Vaccination in Burma 1900-1911 - 1900-1911
Year: 1900
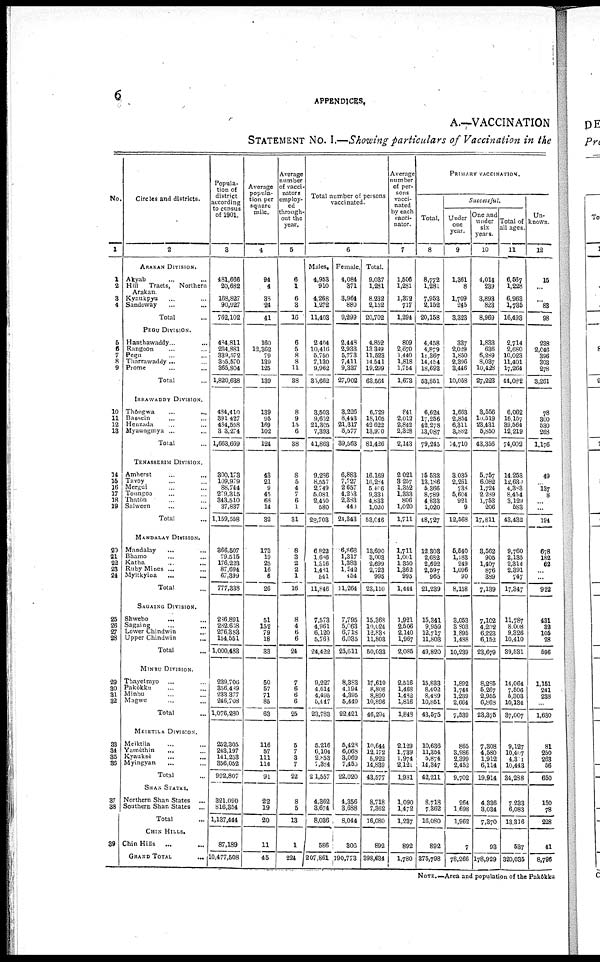
6
APPENDICES.
A.—VACCINATION
STATEMENT NO. I.—Showing particulars of Vaccination in the
No.
1
1
2
3
4
5
6
7
8
9
10
11
12
13
14
15
16
17
18
19
20
21
22
23
24
25
26
27
28
29
30
31
32
33
34
35
36
37
38
39
Circles and districts.
2
ARAKAN DIVISION.
Akyab ... ...
Hill Tracts, Northern
Arakan .
Kyaukpyu ... ...
Sandoway ... ...
Total ...
PEGY DIVISION.
Hanthawaddy
...
...
Rangoon ... ...
Pegu ... ...
Tharrawaddy ... ...
Prome ... ...
Total ...
IRRAWADDY DIVISION.
Thôngwa ... ...
Bassein ... ...
Henzada ... ...
Myaungmya ... ...
Total ...
TENASSERIM DIVISION.
Amherst ... ...
Tavoy ... ...
Mergui ... ...
Tonngoo ... ...
Thatôn ... ...
Salween ... ...
Total ...
MANDALAY DIVISION.
Mandalay ... ...
Bhamo ... ...
Katha ... ...
Ruby Mines ... ...
Myitkyina ... ...
Total ...
SAOAING DIVISION.
Shwebo ... ...
Sagaing ... ...
Lower Chindwin ...
Upper Chindwin ...
Total ...
MINBU DIVISION.
Thayetmyo ... ...
Pakôkku ... ...
Minbu ... ...
Magwe ... ...
Total ...
MEIKTILA DIVISION.
Meiktila ... ...
Yamèthin ... ...
Kyauksè ... ...
Myingyan ... ...
Total ...
SHAN STATES.
Northern Shan States ...
Southern Shan States ...
Total ...
CHIN HILLS.
Chin Hills
... ...
GRAND TOTAL
...
Popula-
tion of
district
according
to census
of 1901.
3
481,666
20,682
168,827
90,927
762,102
484,811
234,881
339,572
805,570
365,804
1,820,638
484,410
391,427
484,558
303,274
1,663,669
300,173
109,979
88,744
279,315
343,510
37,837
1,159,568
366,507
79,515
176,223
87,694
67,399
777,338
286,891
282,658
276,383
154,551
1,000,483
239,706
356,489
233,377
246,708
1,076,230
252,305
243,197
141,253
356,052
992,807
321,090
816,354
1,137,444
87,189
10,477,508
Average
popula-
tion per
square
mile.
4
94
4
38
24
41
160
12,362
79
139
125
139
139
95
169
102
124
43
21
9
45
68
14
32
173
19
25
16
6
26
51
152
79
18
33
50
57
71
85
63
116
57
111
114
91
22
19
20
11
45
Average
number
of vacci-
nators
employ-
ed
through-
out the
year.
5
6
1
6
3
16
6
5
8
8
11
38
8
9
15
6
38
8
5
4
7
6
1
31
8
3
2
2
1
16
8
4
6
6
24
7
6
6
6
25
5
7
3
7
22
8
5
13
1
224
Total number of persons
vaccinated.
6
Males.
4,953
910
4,268
1,272
11,403
2,404
10,416
5,750
7,130
9,962
85,662
3,503
9,662
21,30
7,393
41,863
9,286
8,557
2,749
6,081
2,450
580
28,703
6,822
1,686
1,816
1,481
541
11,846
7,573
4,961
6,120
5,763
24,422
9,227
4,614
4,495
5,447
23,783
5,216
6,101
2,853
7,384
21,557
4,362
3,674
8,036
586
207,861
Female.
4,084
371
3,964
880
9,299
2,448
2,933
5,773
7,411
9,337
27,902
3,226
8,443
21,317
6,577
39,563
6,883
7,727
2,657
4,253
2,383
440
24,343
6,868
1,317
1,383
1,242
454
11,264
7,795
5,063
6,718
6,035
25,611
8,383
4,194
4,395
5,449
22,421
5,428
6,068
3,069
7,455
22,020
4,356
3,688
8,044
306
190,773
Total.
9,037
1,231
8,232
2,152
20,702
4,852
13,349
11,523
14,541
19,299
63,564
6,729
18,105
42,622
18,970
81,426
16,169
10,284
5,406
9,334
4,833
1,020
53,046
13,690
3,003
2,699
2,723
995
23,110
15,368
10,024
12,838
11,803
50,033
17,610
8,808
8,890
10,896
46,204
10,644
12,172
5,922
14,839
43,577
8,718
7,362
16,080
892
398,634
Average
number
of per-
sons
vacci-
nated
by each
vacci-
nator.
7
1,506
1,231
1,379
717
1,294
809
2,670
1,140
1,818
1,754
1,673
841
2,012
2,842
2,328
2,143
2,021
3,257
1,352
1,333
806
1,020
1,711
1,711
1,001
1,350
1,362
965
1,444
1,921
2,506
2,140
1,967
2,085
2,516
1,468
1,482
1,816
1,848
2,129
1,739
1,974
2,120
1,981
1,090
1,472
1,237
892
1,780
PRIMARY VACCINATION.
Total.
8
8,772
1,281
7,953
2,152
20,158
4,458
4,879
11,367
14,454
18,693
53,851
6,624
17,256
42,278
13,087
79,245
15,533
13,186
5,366
8,789
4,833
1,020
48,727
12,303
2,682
2,692
2,597
965
21,239
15,341
9,959
12,717
11,803
49,820
15,833
8,402
8,489
10,851
43,575
10,636
11,354
5,874
14,347
42,211
8,718
7,362
16,080
892
375,798
Successful.
Under
one
year.
9
1,361
8
1,709
245
3,323
337
2,029
1,850
2,396
3,446
10,053
1,663
2,854
6,311
3,882
14,710
3,035
2,261
738
5,604
921
9
12,568
5,540
1,183
249
1,096
90
8,158
3,053
3,803
1,895
1,438
10,239
1,892
1,744
1,239
2,664
7,539
865
3,986
2,399
2,452
9,702
264
1,698
1,962
7
78,266
One and
under
six
years.
10
4,014
239
3,893
823
8,969
1,833
636
6,289
8,037
10,428
27,223
3,556
10,519
23,431
5,850
43,356
5,757
6,082
1,724
2,289
1,753
206
17,811
3,562
905
1,407
876
389
7,139
7,102
4,202
6,223
6,152
23,679
8,285
5,267
2,955
6,868
23,375
7,308
4,580
1,912
6,114
19,914
4,336
3,034
7,370
93
178,929
Total of
all ages.
11
6,567
1,228
6,963
1,735
16,493
2,714
2,680
10,023
11,401
17,264
44,082
6,062
16,157
39,564
12,219
74,002
14,253
12,630
4,383
8,454
3,129
583
43,432
9,760
2,135
2,314
2,391
747
17,347
11,787
8,008
9,326
10,410
39,531
14,064
7,506
5,303
10,134
37,007
9,127
10,407
4,301
10,443
34,288
7,233
6,083
13,316
537
320,035
Un-
known.
12
15
...
...
83
98
238
2,046
396
303
278
3,261
78
300
530
263
1,176
49
... 137
8
...
...
194
678
182
62
...
922
431
32
105
28
596
1,151
241
238
1,630
81
250
263
56
650
150
78
228
41
8,796
NOTE.—Area and population of the Pakôkku